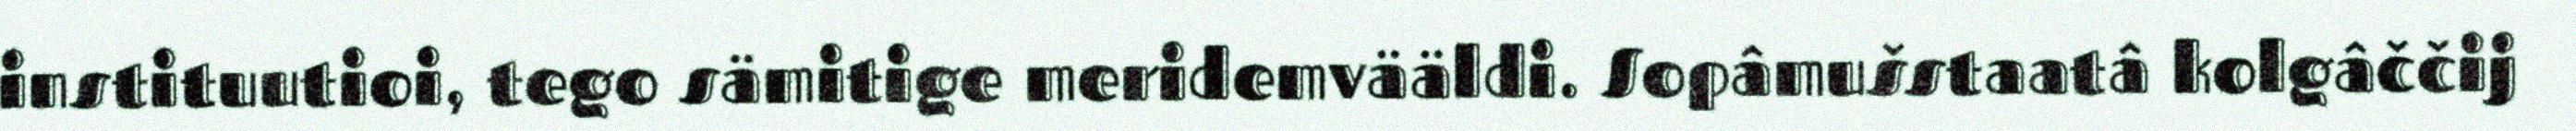
instituutioi, tego sämitige meridemvääldi. Sopâmušstaatâ kolgâččij